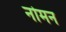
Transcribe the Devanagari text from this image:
नोमन